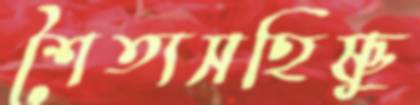
শৈত্যসহিষ্ণু